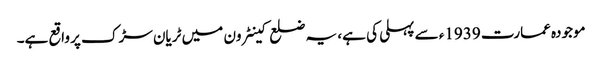
موجودہ عمارت 1939ء سے پہلی کی ہے، یہ ضلع کینٹرون میں ٹریان سڑک پر واقع ہے۔